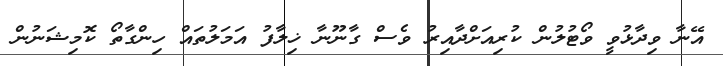
އޭނާ ވިދާޅުވީ ވޯޓުލުން ކުރިއަށްދާއިރު ވެސް ގާނޫނާ ޚިލާފު އަމަލުތައް ހިންގާތޯ ކޮމިޝަނުން